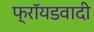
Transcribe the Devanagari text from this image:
फ्रॉयडवादी